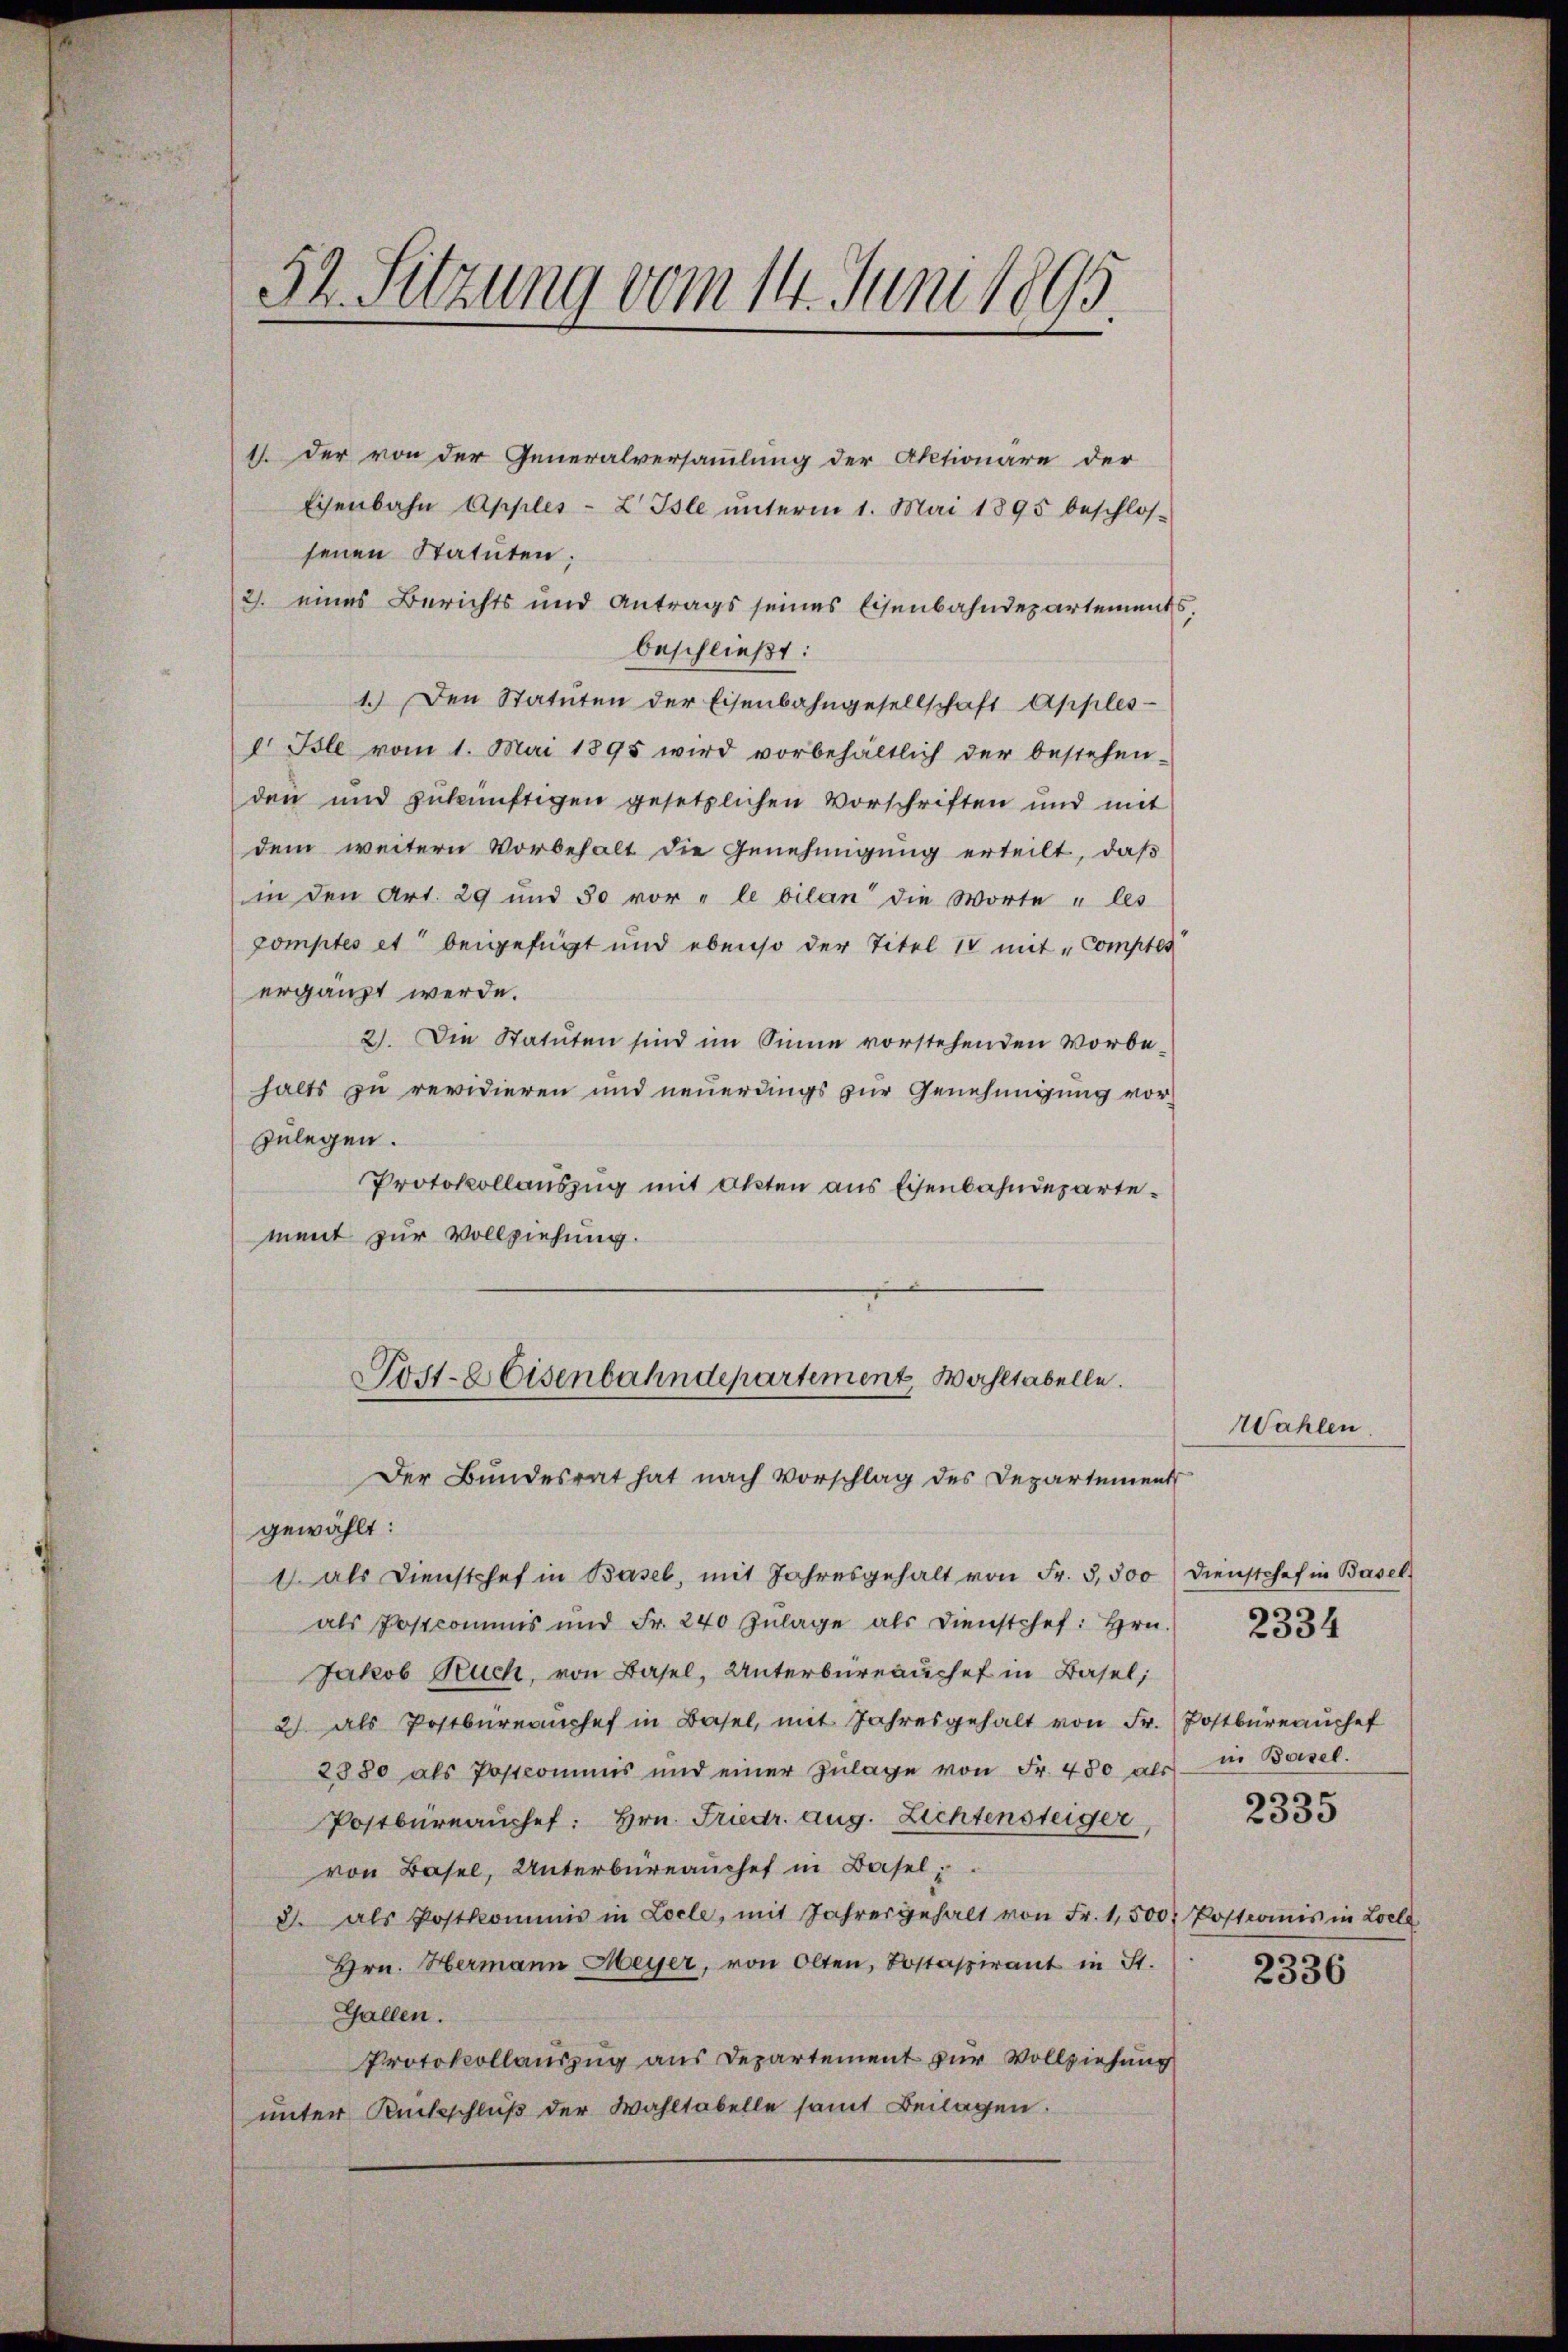
52. Sitzung vom 14. Juni 1895.

1. Der von der Generalversammlung der Aktionäre der
Eisenbahn Apples - L Isle ŭnterm 1. Mai 1895 beschlos-
senen Statuten:
2. eines Berichts und Antrags seines Eisenbahndepartements
beschließt:
1.) Den Statuten der Eisenbahngesellschaft Apples-
I. Isle vom 1. Mai 1895 wird vorbehältlich der bestehen-
den und zukünftigen gesetzlichen Vorschriften und mit
dem weitern Vorbehalt die Genehmigung erteilt, daß
in den Art. 29 und 50 vor "le bilan die Worte u les
comptes et beigefügt und ebenso der Titel 14 mit Comptes
ergänzt werde.
2). Die Statuten sind im Sinne vorstehenden Vorbehalts zu revidieren und neuerdings zur Genehmigung vorzulegen.
Protokollauszug mit Okten aus Eisenbahndepartement zur Vollziehung.
Post-E Eisenbahndepartement, Wahltabelle.
Der Bundesrat hat nach Vorschlag des Departement
gewählt:
1 als Dienstchef in Basel, mit Jahresgehalt von Fr. 3,500 dienstchef in Basel-
als Postcommis und Fr. 240 Zŭlage als Dienstchef: Hrn.
Jakob Ruch, von Basel, Unterbüreauchel in Basel,
2) als Postbüreaŭchef in Basel, mit Jahresgehalt von Fr. Postbüreauchef
2880 als Postcommis und einer Zŭlage von Fr. 450 als
Postbüreaŭchet: Hrn. Friedr. aug. Lichtensteiger,
von Basel, Unterbüreauches in Basel;
8. als Postkommis in Locle, mit Jahresgehalt von Fr. 1,500
Hrn. Hermann Meyer, von Olten, Kostaspirant in St.
Gallen.
Protokollauszug aus Departement zur Vollziehung
unter Rückschluß der Wahltabelle samt Beilagen.

Wahlen.

in Basel.
2335

2334

Postcomis in Loele

2336